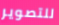
للتصوير